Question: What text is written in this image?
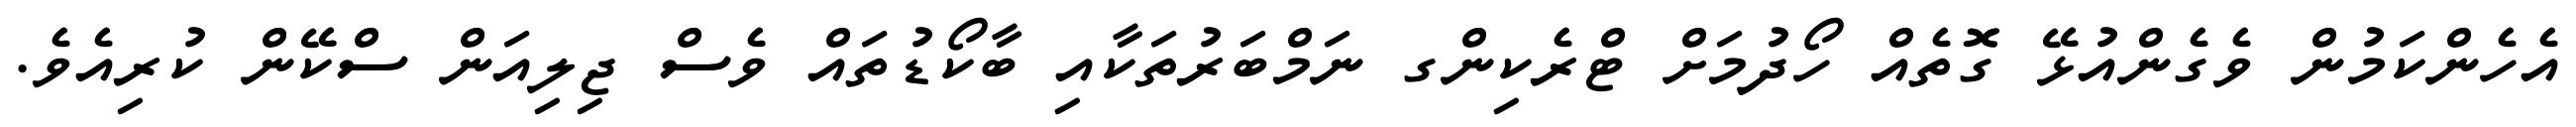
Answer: އެހެންކަމުން ވެގެންއުޅޭ ގޮތެއް ހޯދުމަށް ޓްރެކިންގ ނަމްބަރުތަކާއި ބާކޯޑުތައް ވެސް ޖިލިއަން ސްކޭން ކުރިއެވެ.